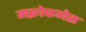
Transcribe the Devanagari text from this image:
मक्रोफगेस